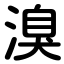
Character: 溴